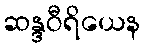
ဆန္ဒဝီရိယေန